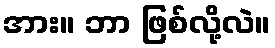
အား။ ဘာ ဖြစ်လို့လဲ။